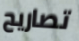
تصاريح